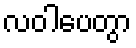
လဝါပေတွာ